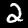
Digit: 2